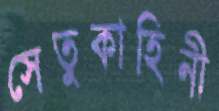
সেতুকাহিনী